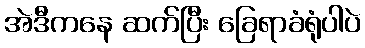
အဲဒီကနေ ဆက်ပြီး ခြေရာခံရုံပါပဲ